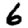
Digit: 6